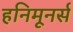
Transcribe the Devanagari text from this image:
हनिमूनर्स